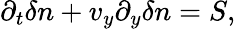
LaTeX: \partial_{t}\delta n+v_{y}\partial_{y}\delta n=S,